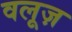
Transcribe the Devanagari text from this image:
वलूज़